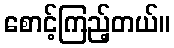
စောင့်ကြည့်တယ်။